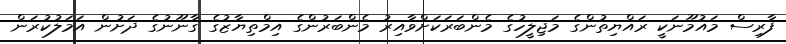
ފާރިސް މައުމޫނަކީ ރައްޔިތުންގެ މަޖިލީހުގެ މެންބަރަކަށްވާއިރު މެންބަރުންގެ އިމްތިޔާޒުގެ ގާނޫނުގެ ދަށުން އަމަލުކުރަން